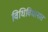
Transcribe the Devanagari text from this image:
विधिविधानात